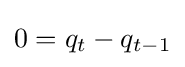
\textstyle 0=q_{t}-q_{t-1}